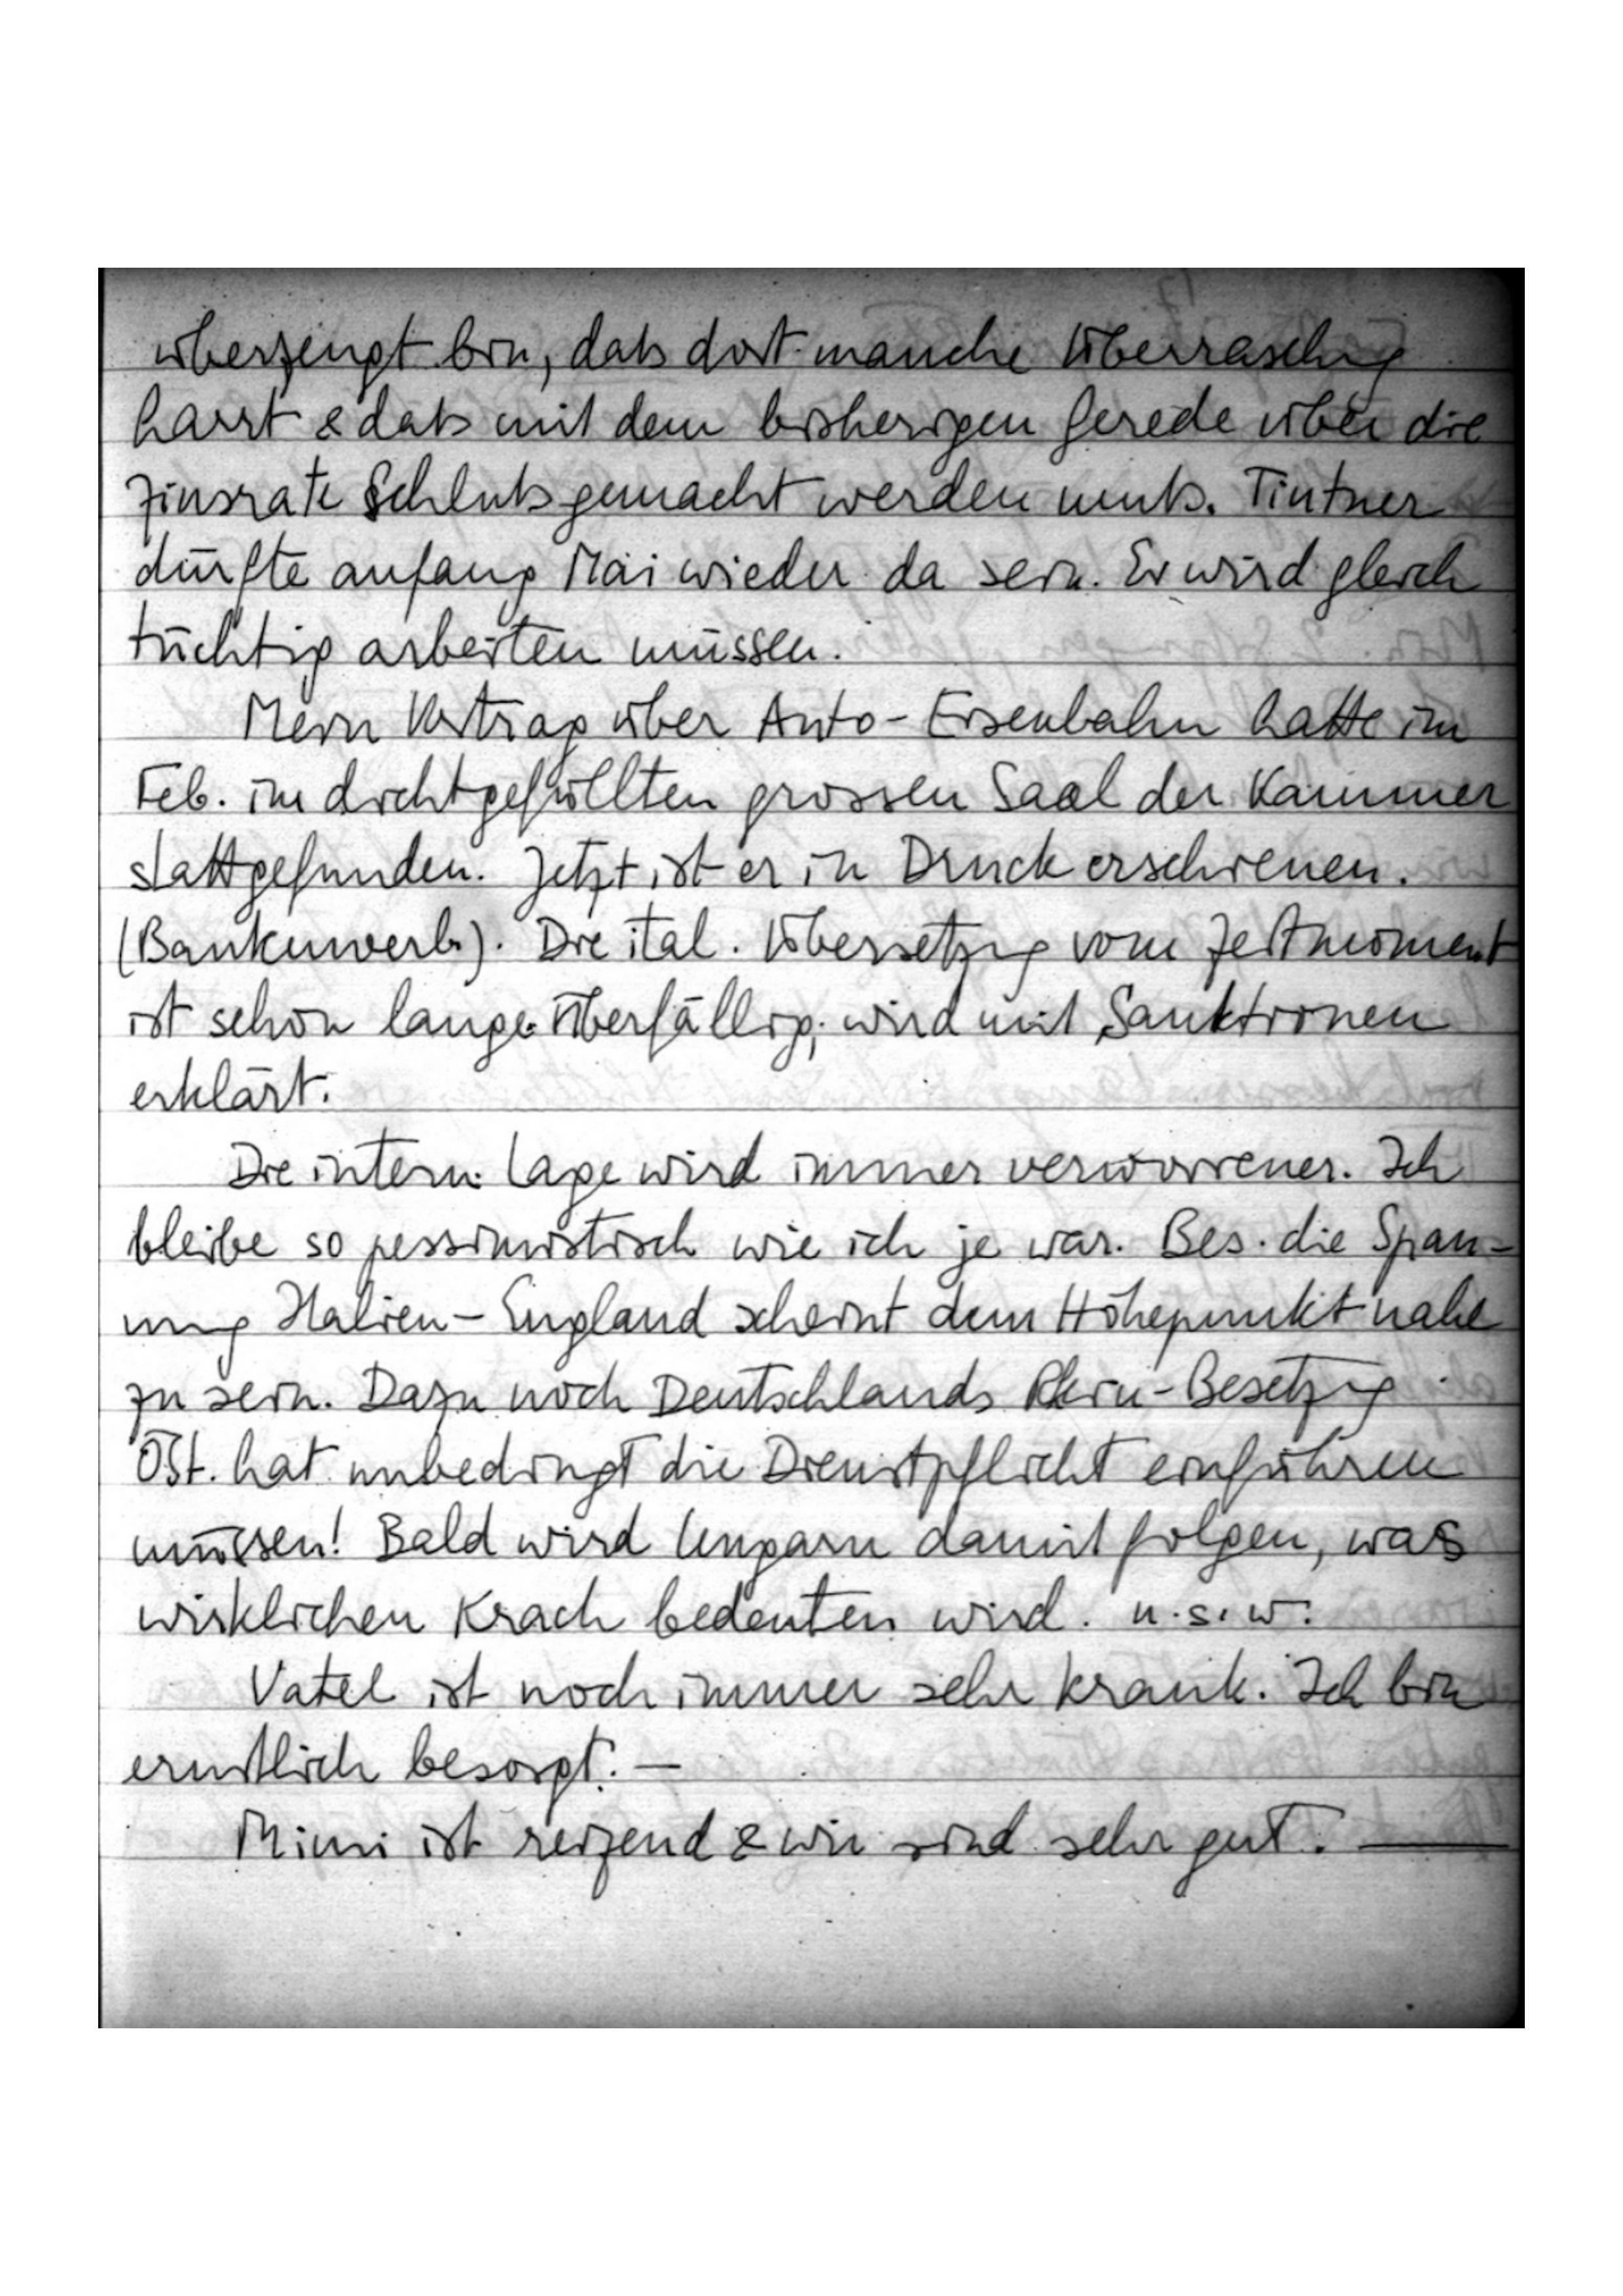
überzeugt bin, daß dort manche Überraschung
harrt & daß mit dem bisherigen Gerede über die
Zinsrate Schluß gemacht werden muß. Tintner
dürfte anfang Mai wieder da sein. Er wird gleich
tüchtig arbeiten müssen.
Mein Vortrag über Auto-Eisenbahn hatte im
Feb. im dichtgefüllten grossen Saal der Kammer
stattgefunden. Jetzt ist er in Druck erschienen
(Bankenverl.) Die ital. Übersetzung vom Zeitmoment
ist schon lange überfällig; wird mit Sanktionen
erklärt.
Die intern. Lage wird immer verworrener. Ich
bleibe so pessimistisch wie ich je war. Bes. die Span-
nung Italien-England scheint dem Höhepunkt nahe
zu sein. Dazu noch Deutschlands Rhein-Besetzung.
Öst. hat unbedingt die Dienstpflicht einführen
müssen! Bald wird Ungarn damit folgen; was
wirklichen Krach bedeuten wird u.s.w.
Vatel ist noch immer sehr krank. Ich bin
ernstlich besorgt. –
Mimi ist reizend & wir sind sehr gut. –